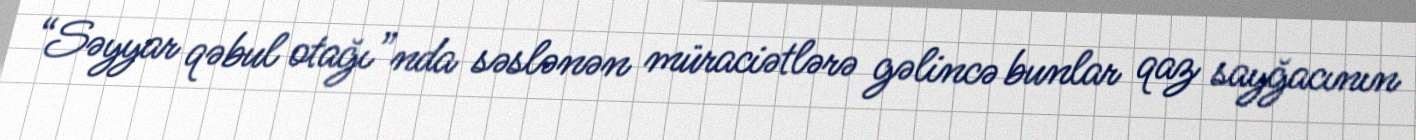
“Səyyar qəbul otağı”nda səslənən müraciətlərə gəlincə bunlar qaz sayğacının